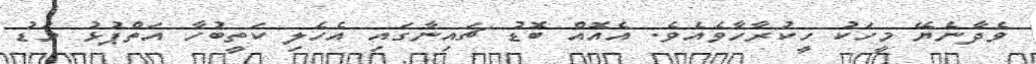
ވެދާނެޔޭ މީހަކު ހީކުރާހާވެއެވެ. އެއޮއް ބޮޑު ޗައިނާގައި އެހެލި ކަތީބުހާ އަތްޕުޅު މަޑު